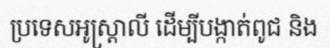
ប្រទេសអូស្ត្រាលី ដើម្បីបង្កាត់ពូជ និង